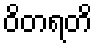
ဝိတရတိ